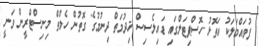
ފުވައްމަލަކު އަތޮޅު ހޮސްޕިޓަލްގައި ޑައިލެސިސް ޚިދުމަތް ދިނުމުގެ ގޮތުން ހެލްތް މިނިސްޓްރީން ވަނީ